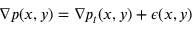
\nabla p ( x , y ) = \nabla p _ { t } ( x , y ) + \boldsymbol { \epsilon } ( x , y )